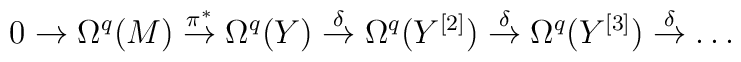
0 \to \Omega^q(M) \stackrel{\pi^*}{\to} \Omega^q(Y)\stackrel{\delta}{\to} \Omega^q(Y^{[2]}) \stackrel{\delta}{\to}\Omega^q(Y^{[3]}) \stackrel{\delta}{\to} \dots